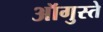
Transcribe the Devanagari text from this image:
ऑगुस्ते